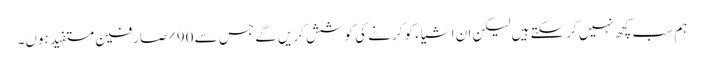
ہم سب کچھ نہیں کرسکتے ہیں لیکن ان اشیاء کو کرنے کی کوشش کریں گے جس سے 90٪ صارفین مستفید ہوں۔